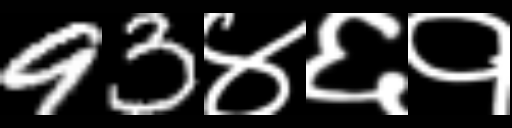
Text: 93४६१